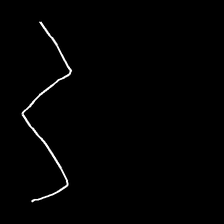
Glyph: crush